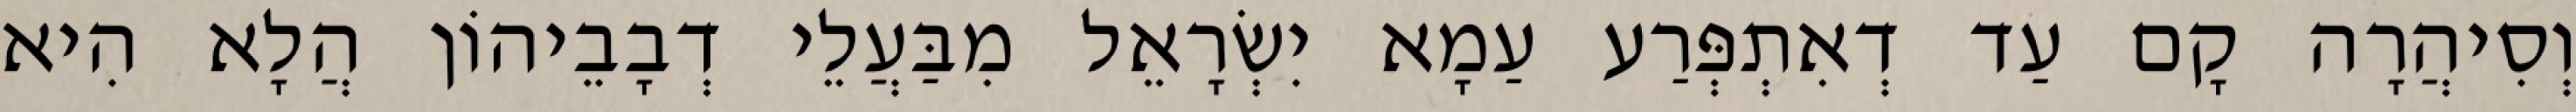
וְסִיהֲרָה קָם עַד דְאִתְפְּרַע עַמָא יִשְׂרָאֵל מִבַּעֲלֵי דְבָבֵיהוֹן הֲלָא הִיא